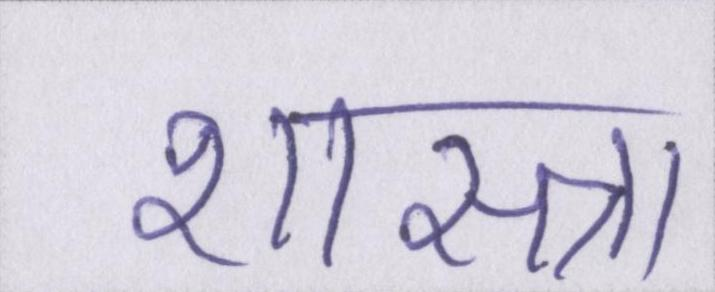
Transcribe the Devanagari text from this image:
शास्त्रा